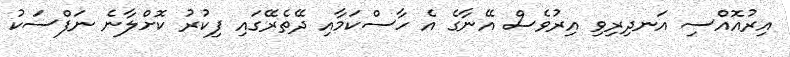
އިރުއޮއްސި އަނދިރިވި އިރުވެސް އޭނާގެ އެ ހާސްކަމާއި ދޭތެރޭގައި ފިކުރު ކޮށްލާނެ ނަފްސަކު